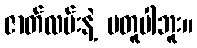
ဇာတ်လမ်းနဲ့ မတူပါဘူး။